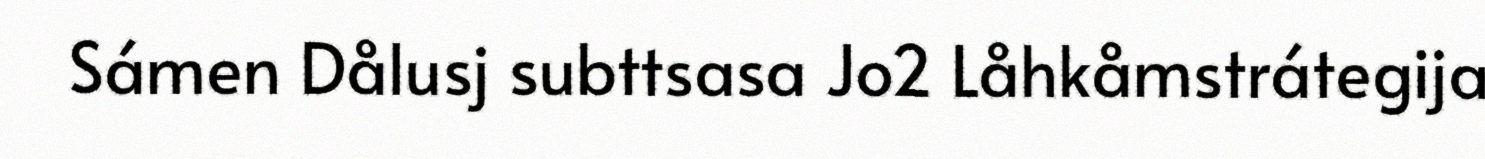
Sámen Dålusj subttsasa Jo2 Låhkåmstrátegija